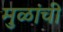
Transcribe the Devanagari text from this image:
मुळांची